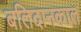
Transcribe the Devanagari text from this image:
बलिदानकाल